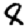
Digit: 8